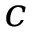
c